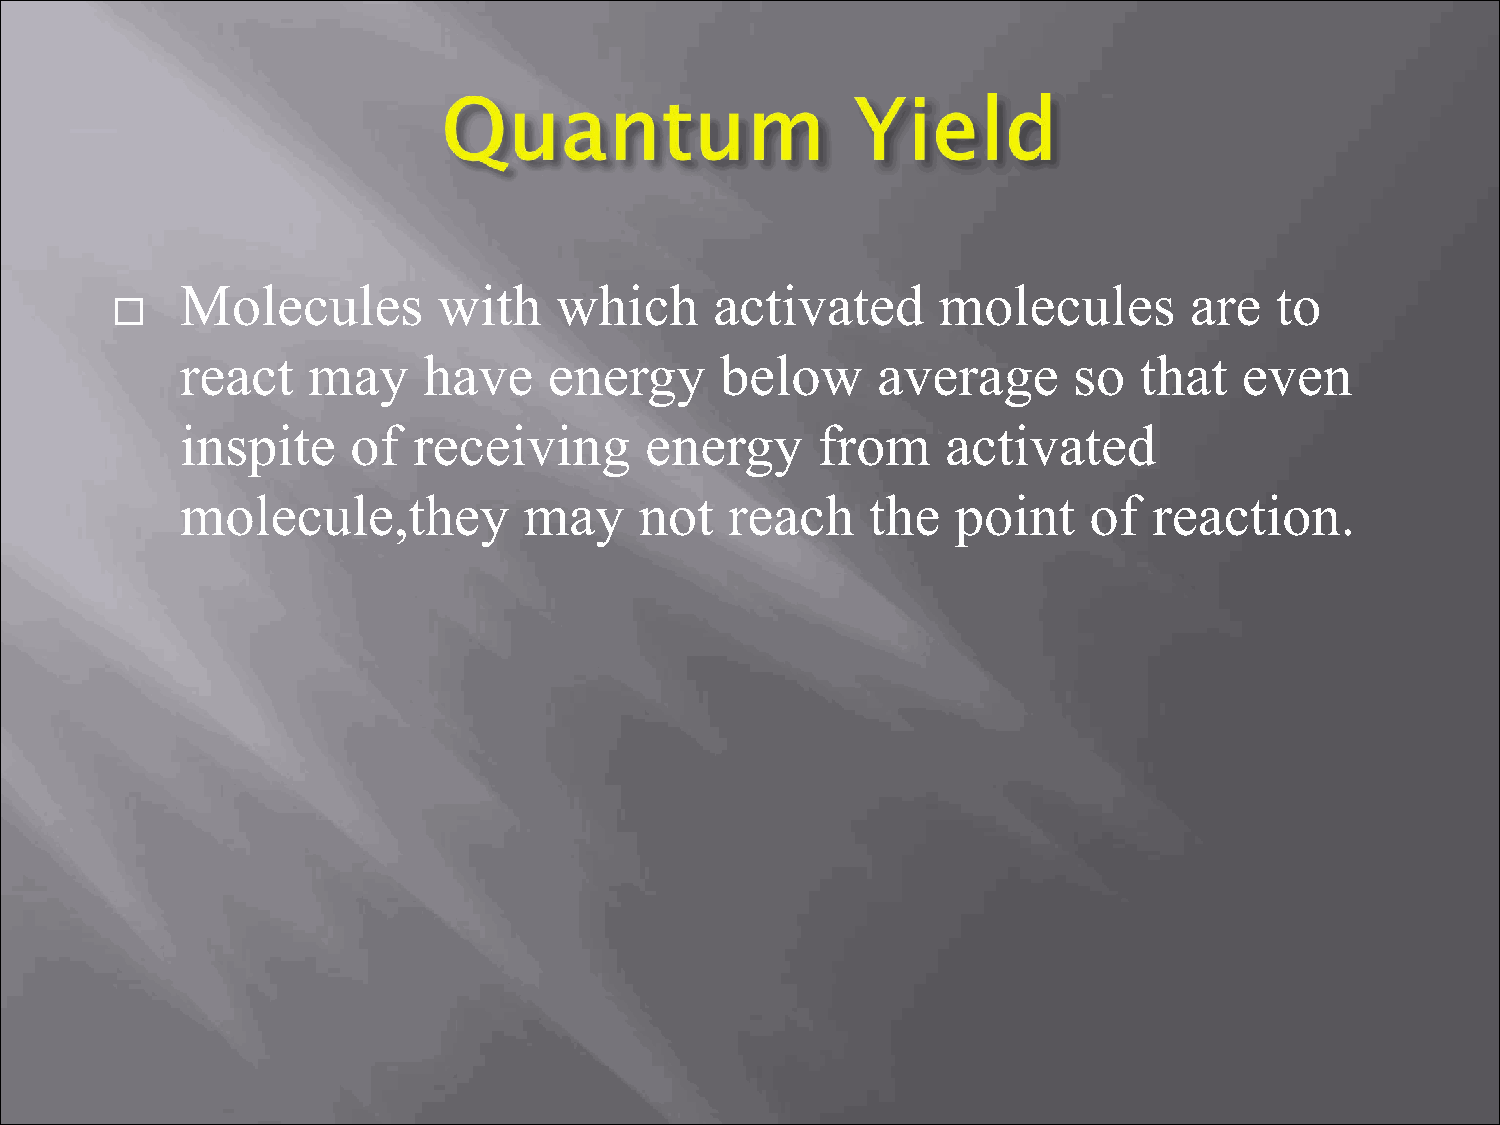
Molecules        with    which     activated      molecules        are  to
 
 react   may     have    energy      below     average      so  that   even
 inspite    of  receiving       energy     from     activated
 molecule,they          may    not   reach     the  point    of  reaction.